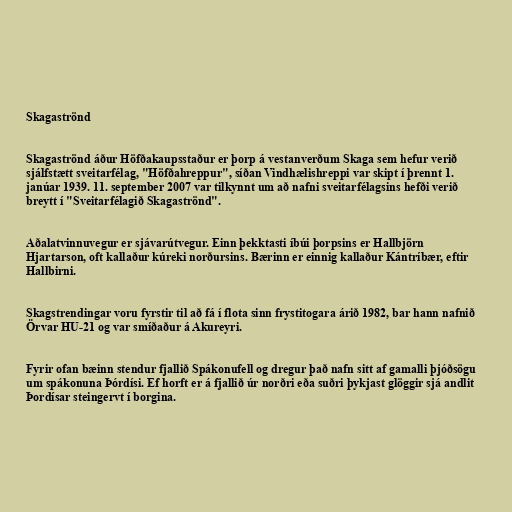
Skagaströnd

Skagaströnd áður Höfðakaupsstaður er þorp á vestanverðum Skaga sem hefur verið
sjálfstætt sveitarfélag, "Höfðahreppur", síðan Vindhælishreppi var skipt í þrennt 1.
janúar 1939. 11. september 2007 var tilkynnt um að nafni sveitarfélagsins hefði verið
breytt í "Sveitarfélagið Skagaströnd".

Aðalatvinnuvegur er sjávarútvegur. Einn þekktasti íbúi þorpsins er Hallbjörn
Hjartarson, oft kallaður kúreki norðursins. Bærinn er einnig kallaður Kántríbær, eftir
Hallbirni.

Skagstrendingar voru fyrstir til að fá í flota sinn frystitogara árið 1982, bar hann nafnið
Örvar HU-21 og var smíðaður á Akureyri.

Fyrir ofan bæinn stendur fjallið Spákonufell og dregur það nafn sitt af gamalli þjóðsögu
um spákonuna Þórdísi. Ef horft er á fjallið úr norðri eða suðri þykjast glöggir sjá andlit
Þordísar steingervt í borgina.